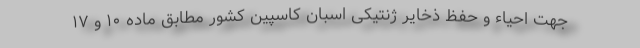
جهت احیاء و حفظ ذخایر ژنتیکی اسبان کاسپین کشور مطابق ماده ۱۰ و ۱۷